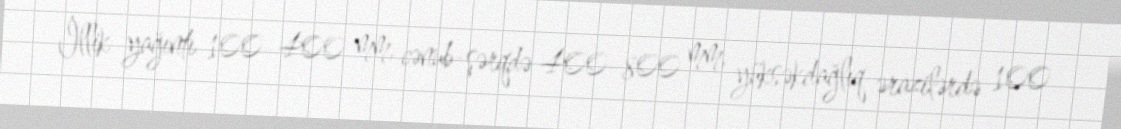
İllik yağıntı 100–400 mm, cənub-şərqdə 400–800 mm, yüksəkdağlıq ərazilərdə 100